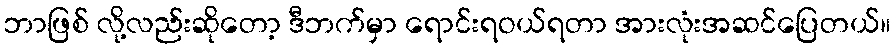
ဘာဖြစ် လို့လည်းဆိုတော့ ဒီဘက်မှာ ရောင်းရဝယ်ရတာ အားလုံးအဆင်ပြေတယ်။